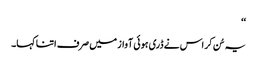
‘‘
یہ سُن کر اس نے ڈری ہوئی آواز میں صرف اتنا کہا۔